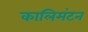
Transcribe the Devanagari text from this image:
कालिमंटन